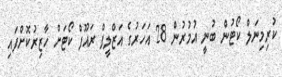
ކުރިމިނަލް ކޯޓުން ބުނީ އުމުރުން 28 އަހަރުގެ އަޒްލީފް ރައޫފް ކޯޓަށް ހާޒިރުކޮށްފައި